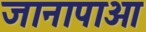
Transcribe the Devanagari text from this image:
जानापाओ